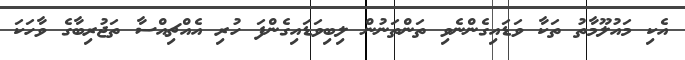
އެކި މައުލޫމާތު ތަކާ ވަޑައިގެންނެވި ތަންތަނުން ލިބިވަޑައިގެންފަ ހުރި އެއްޗިއްސާ ތަޖުރިބާގެ ވާހަކަ